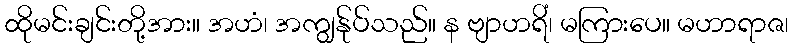
ထိုမင်းချင်းတို့အား။ အဟံ၊ အကျွန်ုပ်သည်။ န ဗျာဟရိံ၊ မကြားပေ။ မဟာရာဇ၊